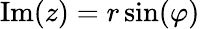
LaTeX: \operatorname{Im}(z)=r\sin(\varphi)